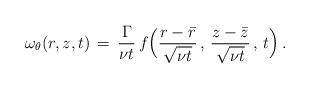
LaTeX: \begin{align*} \omega_\theta(r,z,t) \,=\, \frac{\Gamma}{\nu t}\,f\Bigl(\frac{r-\bar r} {\sqrt{\nu t}}\,,\,\frac{z-\bar z}{\sqrt{\nu t}}\,,\,t\Bigr)\,.\end{align*}